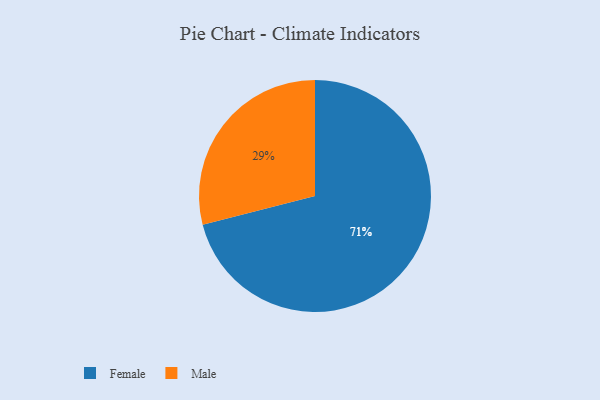
{"axis": {"x": "Category", "y": "Percentage"}, "legend": ["Female", "Male"], "data": [{"x": "Male", "y": 29, "type": "Male"}, {"x": "Female", "y": 71, "type": "Female"}]}